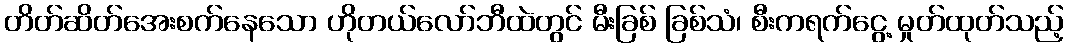
တိတ်ဆိတ်အေးစက်နေသော ဟိုတယ်လော်ဘီထဲတွင် မီးခြစ် ခြစ်သံ၊ စီးကရက်ငွေ့ မှုတ်ထုတ်သည့်